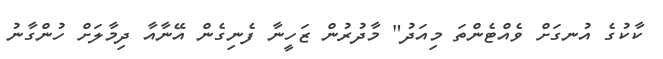
ކާކުގެ އުނގަށް ވެއްޓެންތަ މިއަދު" މާދުރުން ޒަހީނާ ފެނިގެން އޭނާއާ ދިމާލަށް ހުންގާނު